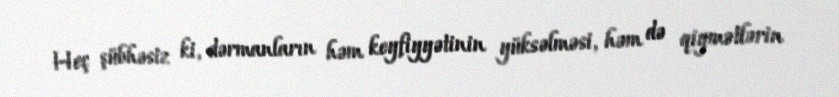
Heç şübhəsiz ki, dərmanların həm keyfiyyətinin yüksəlməsi, həm də qiymətlərin